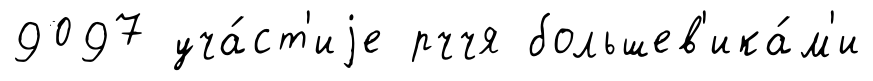
9097 уча́ст'иjе рччя большев'ика́м'и